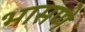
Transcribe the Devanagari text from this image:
भासणे